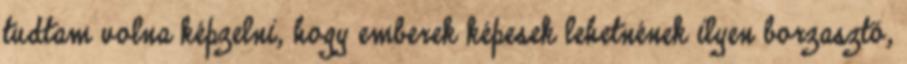
tudtam volna képzelni, hogy emberek képesek lehetnének ilyen borzasztó,